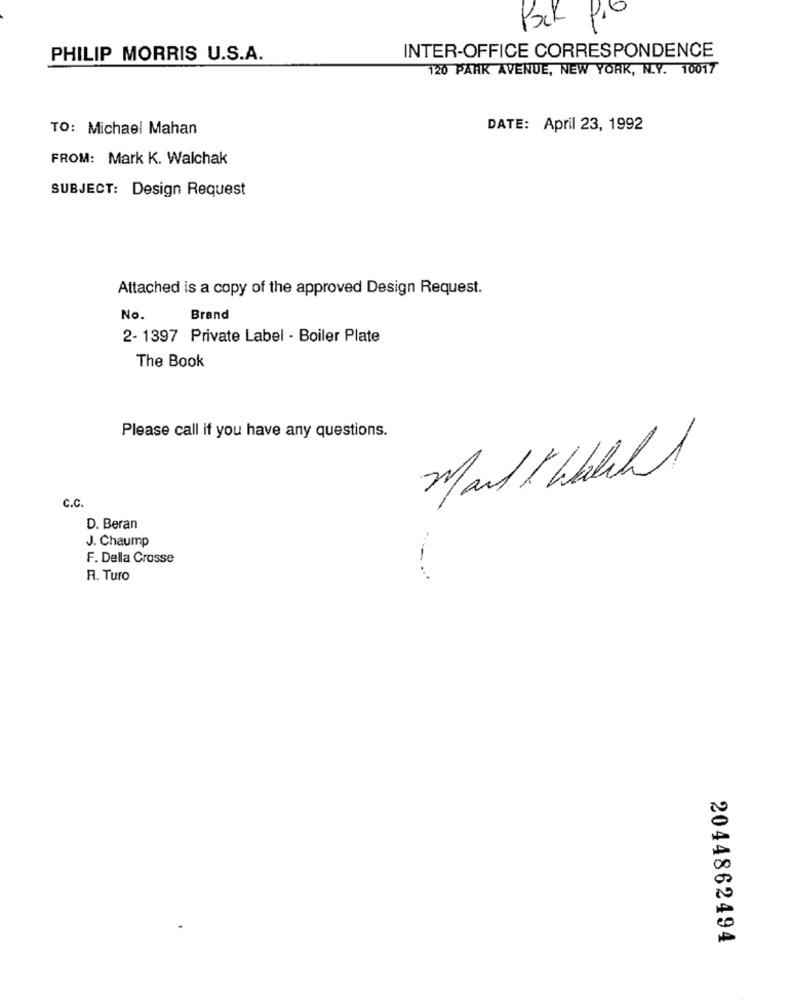
Pack Pro
2
INTER-OFFICE CORRESPONDENCE
PHILIP MORRIS U.S.A.
120 PARK AVENUE, NEW YORK, N.Y. 10017
TO: Michael Mahan
DATE: April 23, 1992
FROM: Mark K. Walchak
SUBJECT: Design Request
Attached is a copy of the approved Design Request.
No.
Brand
2- 1397 Private Label - Boiler Plate
The Book
Please call if you have any questions.
MarkK hathl
C.C.
D. Beran
J. Chaump
F. Della Crosse
-
R. Turo
2044862494